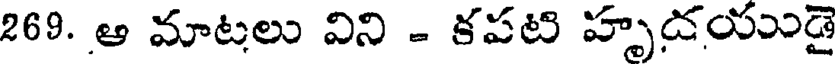
269. ఆ మాటలు విని - కపటి హృడయుడై